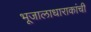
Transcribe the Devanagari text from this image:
भूजालाधाराकांची